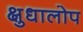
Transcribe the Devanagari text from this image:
क्षुधालोप